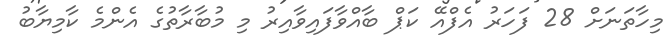
މިހާތަނަށް 28 ފަހަރު އެފްއޭ ކަޕް ބާއްވާފައިވާއިރު މި މުބާރާތުގެ އެންމެ ކާމިޔާބު